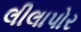
લીલાપોર